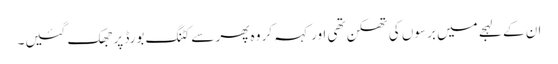
ان کے لہجے میں برسوں کی تھکن تھی اور کہہ کر وہ پھر سے کٹنگ بورڈ پر جھک گئیں۔